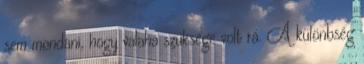
sem mondani, hogy valaha szüksége volt rá. A különbség